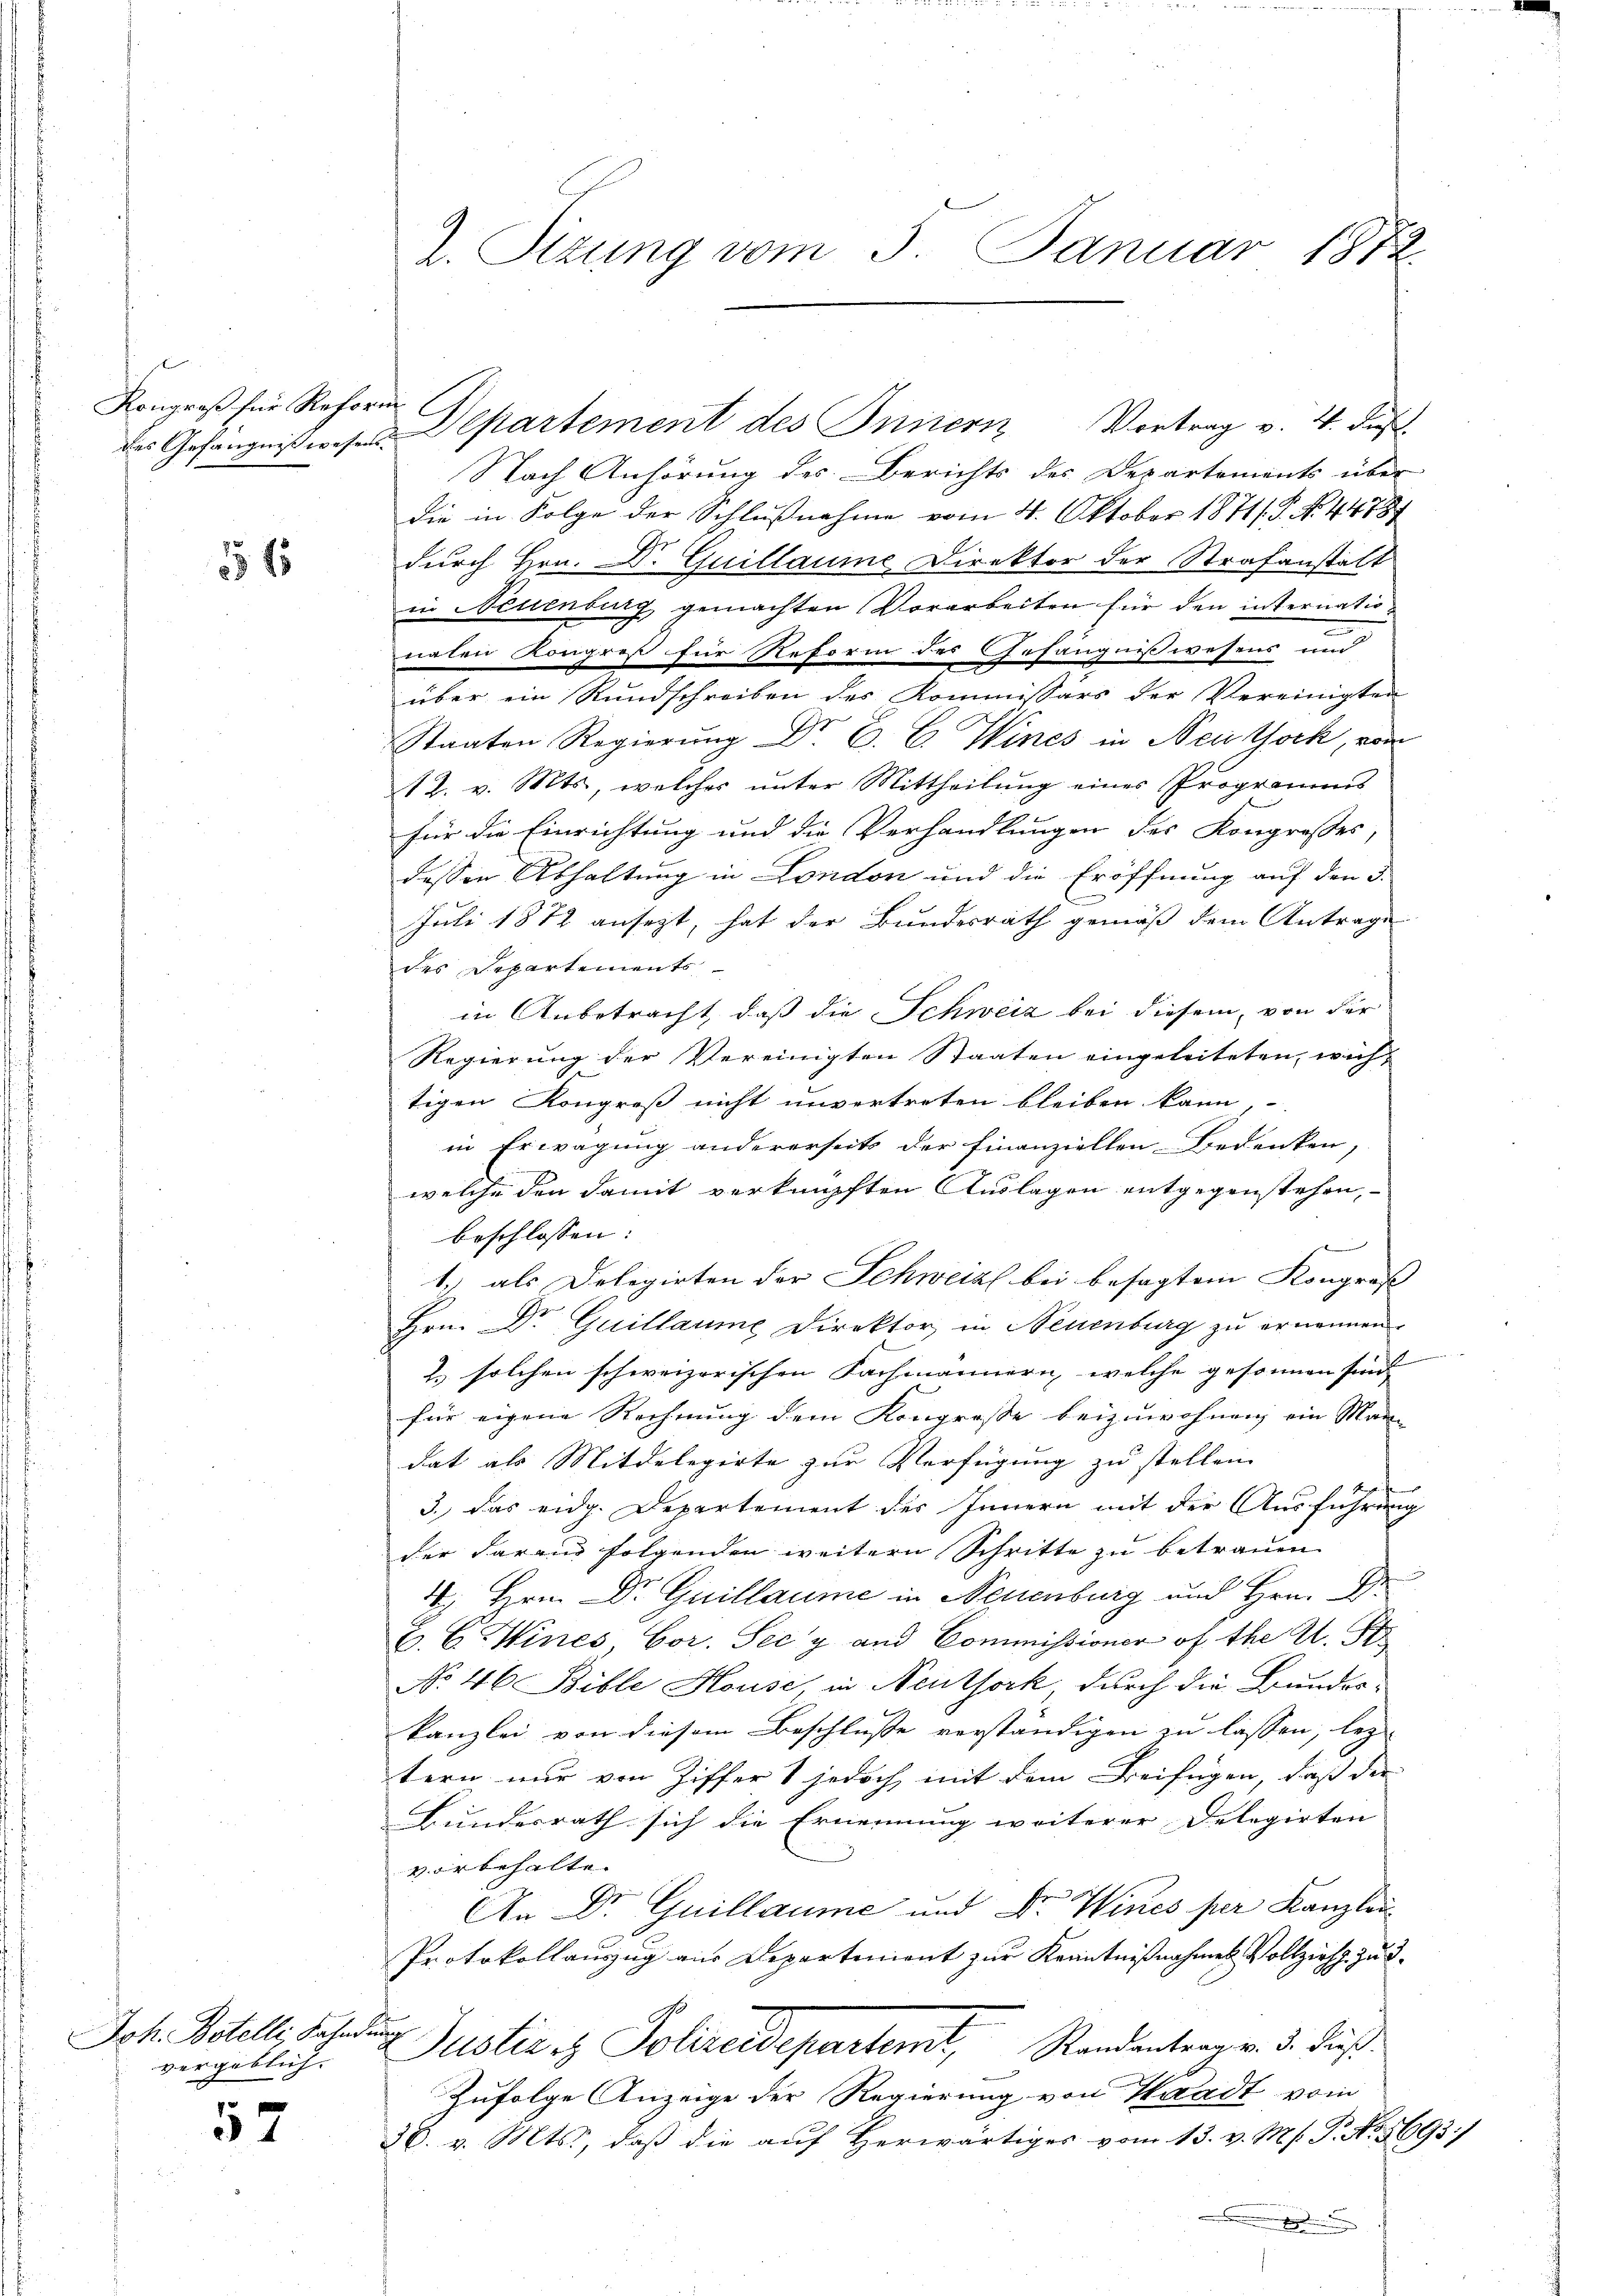
Kongreß für Reform

554

Joh. Botelli, Fahndung
vergeblich. |

52

des Gefängnißwesen Departement des Innern Vortrag v. 4. Fuß
Nach Anhörung des Berichts des Departements über
die in Folge der Schlußnahme vom 4. Oktober 1871/ P. No. 44787
durch Hrn. Dr. Guillaume Direktor der Strafanstalt
in Neuenburg gemachten Vorarbeiten für den internatioe
nalen Kongreß für Reform des Gefängnißwesens und
über ein Rundschreiben des Kommissärs der Vereinigten
Staaten Regierung Dr. C. C. Wines in Neustock, von
12. v. Mts., welches unter Mittheilung eines Programms
für die Einrichtung und die Verhandlungen des Kongresses
dessen Abhaltung in London und die Eröffnung auf den 3.
C
Juli 1872 ansetzt, hat der Bundesrath gemäß dem Antrage
des Departements
in Anbetracht, daß die Schweiz bei diesem, von der
Regierung der Vereinigten Staaten eingeleiteten, wich-
tigen Kongreß nicht unvertreten bleiben kann,
in Erwägung andererseits der Finanziellen Bedenken,
welche den damit verknüpften Auslagen entgegenstehen,
beschlossen:
1.) als Delegirten der Schweiz bei besagtem Kongross- |
Hrn. Dr Guillaume Direktor in Neuenburg zu ernennen.
2. solchen schweizerischen Fachmännern, welche gesonnen sind
für eigene Rechnung dem Kongrosse beizuwohnen ein Man
dat als Mitdelegirte zur Verfügung zu stellen.
3., das eidg. Departement des Innern mit der Ausführung
der daraus folgenden weitern Schritte zu betrauen
4. Hrn. Dr Guillaume in Neuenburg und Hrn. Dr.
C. C. Mines, Cor. Sec'y und Commissioner of the A. St
No 46 Bible House, in Neuthork durch die Bundes-
kanzlei von diesem Beschlusse verständigen zu lassen, lez- |
tern nur von Ziffer & jedoch, mit dem Beifügen, daß der
Bundesrath sich die Ernennung weiterer Delegirten
vorbehalte.
An Dr. Guillaume und Dr. Wincs per Kanzlei
Protokollauszug aus Departement zur Kenntnißnahmen Vollzieht zu d
Justices Polizeidepartemt, Standentragen d. Fuß.
Zufolge Anzeige der Regierung von Waadt vom
36. v. Mts., daß die auf herwärtiges vom 13. v. M. P. No. 8693)

2. Sizung vom 5. Januar 1872